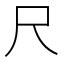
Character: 尺